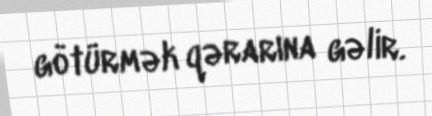
götürmək qərarına gəlir.